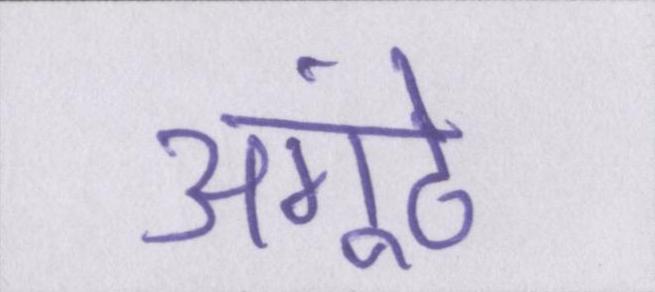
अंगूठे